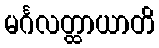
မင်္ဂလတ္ထာယာတိ